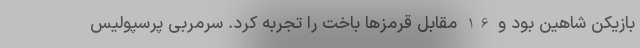
بازیکن شاهین بود و 6-1 مقابل قرمزها باخت را تجربه کرد. سرمربی پرسپولیس